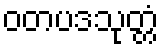
ဝတပဒသုတ္တံ